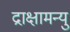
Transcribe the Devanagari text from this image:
द्राक्षामन्यु